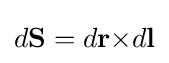
d\mathbf {S} =d\mathbf {r} \mathbf {\times } d\mathbf {l}